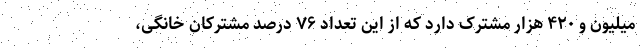
میلیون و ۴۲۰ هزار مشترک دارد که از این تعداد ۷۶ درصد مشترکان خانگی،